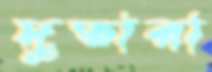
দুতারা